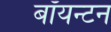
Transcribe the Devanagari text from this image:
बॉयन्टन